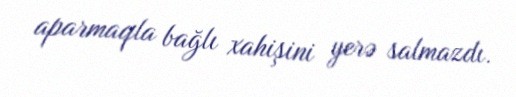
aparmaqla bağlı xahişini yerə salmazdı.